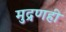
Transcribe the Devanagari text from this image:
मुद्रणही